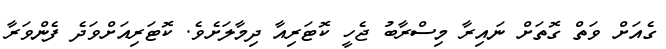
ގެއަށް ވަތް ގޮތަށް ނައިރާ މިސްރާބު ޖެހީ ކޮޓަރިއާ ދިމާލަށެވެ. ކޮޓަރިއަށްވަދެ ފެންވަރާ